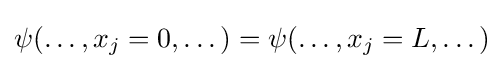
\psi (\dots ,x_{j}=0,\dots )=\psi (\dots ,x_{j}=L,\dots )